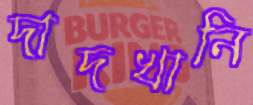
দাদখানি